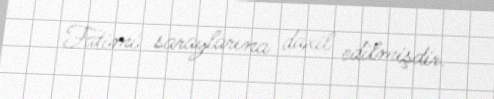
Fatimi saraylarına daxil edilmişdir.